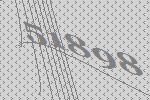
51898